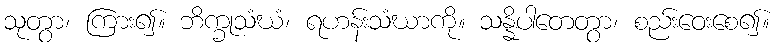
သုတွာ၊ ကြား၍။ ဘိက္ခုသံဃံ၊ ရဟန်းသံဃာကို။ သန္နိပါတေတွာ၊ စည်းဝေးစေ၍။